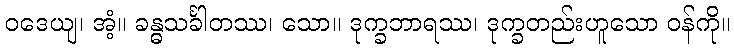
ဝဒေယျ၊ အံ့။ ခန္ဓသင်္ခါတဿ၊ သော။ ဒုက္ခဘာရဿ၊ ဒုက္ခတည်းဟူသော ဝန်ကို။